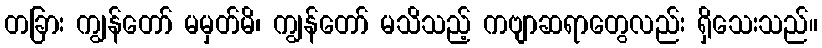
တခြား ကျွန်တော် မမှတ်မိ၊ ကျွန်တော် မသိသည့် ကဗျာဆရာတွေလည်း ရှိသေးသည်။